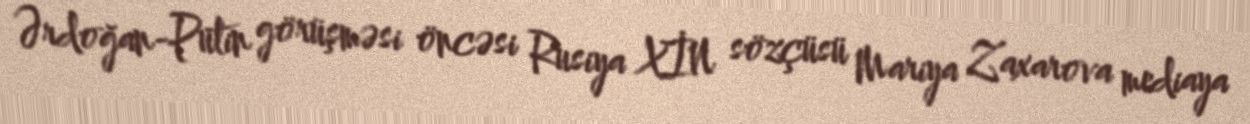
Ərdoğan-Putin görüşməsi öncəsi Rusiya XİN sözçüsü Mariya Zaxarova mediaya